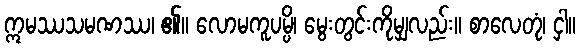
ဣမဿသမဏဿ၊ ၏။ လောမကူပမ္ပိ၊ မွေးတွင်းကိုမျှလည်း။ စာလေတုံ၊ ငှါ။